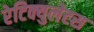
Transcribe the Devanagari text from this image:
रेटिक्युलेटस